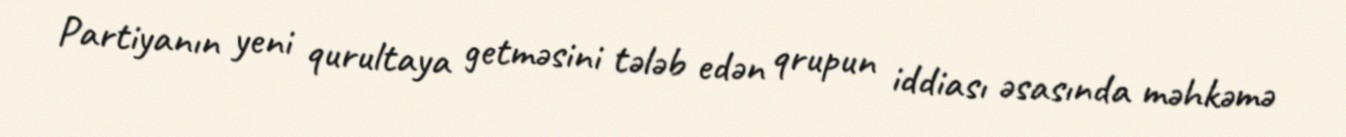
Partiyanın yeni qurultaya getməsini tələb edən qrupun iddiası əsasında məhkəmə